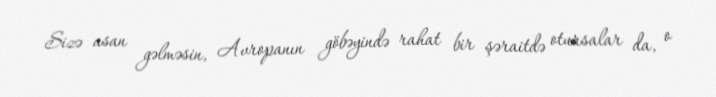
Sizə asan gəlməsin, Avropanın göbəyində rahat bir şəraitdə otursalar da, o